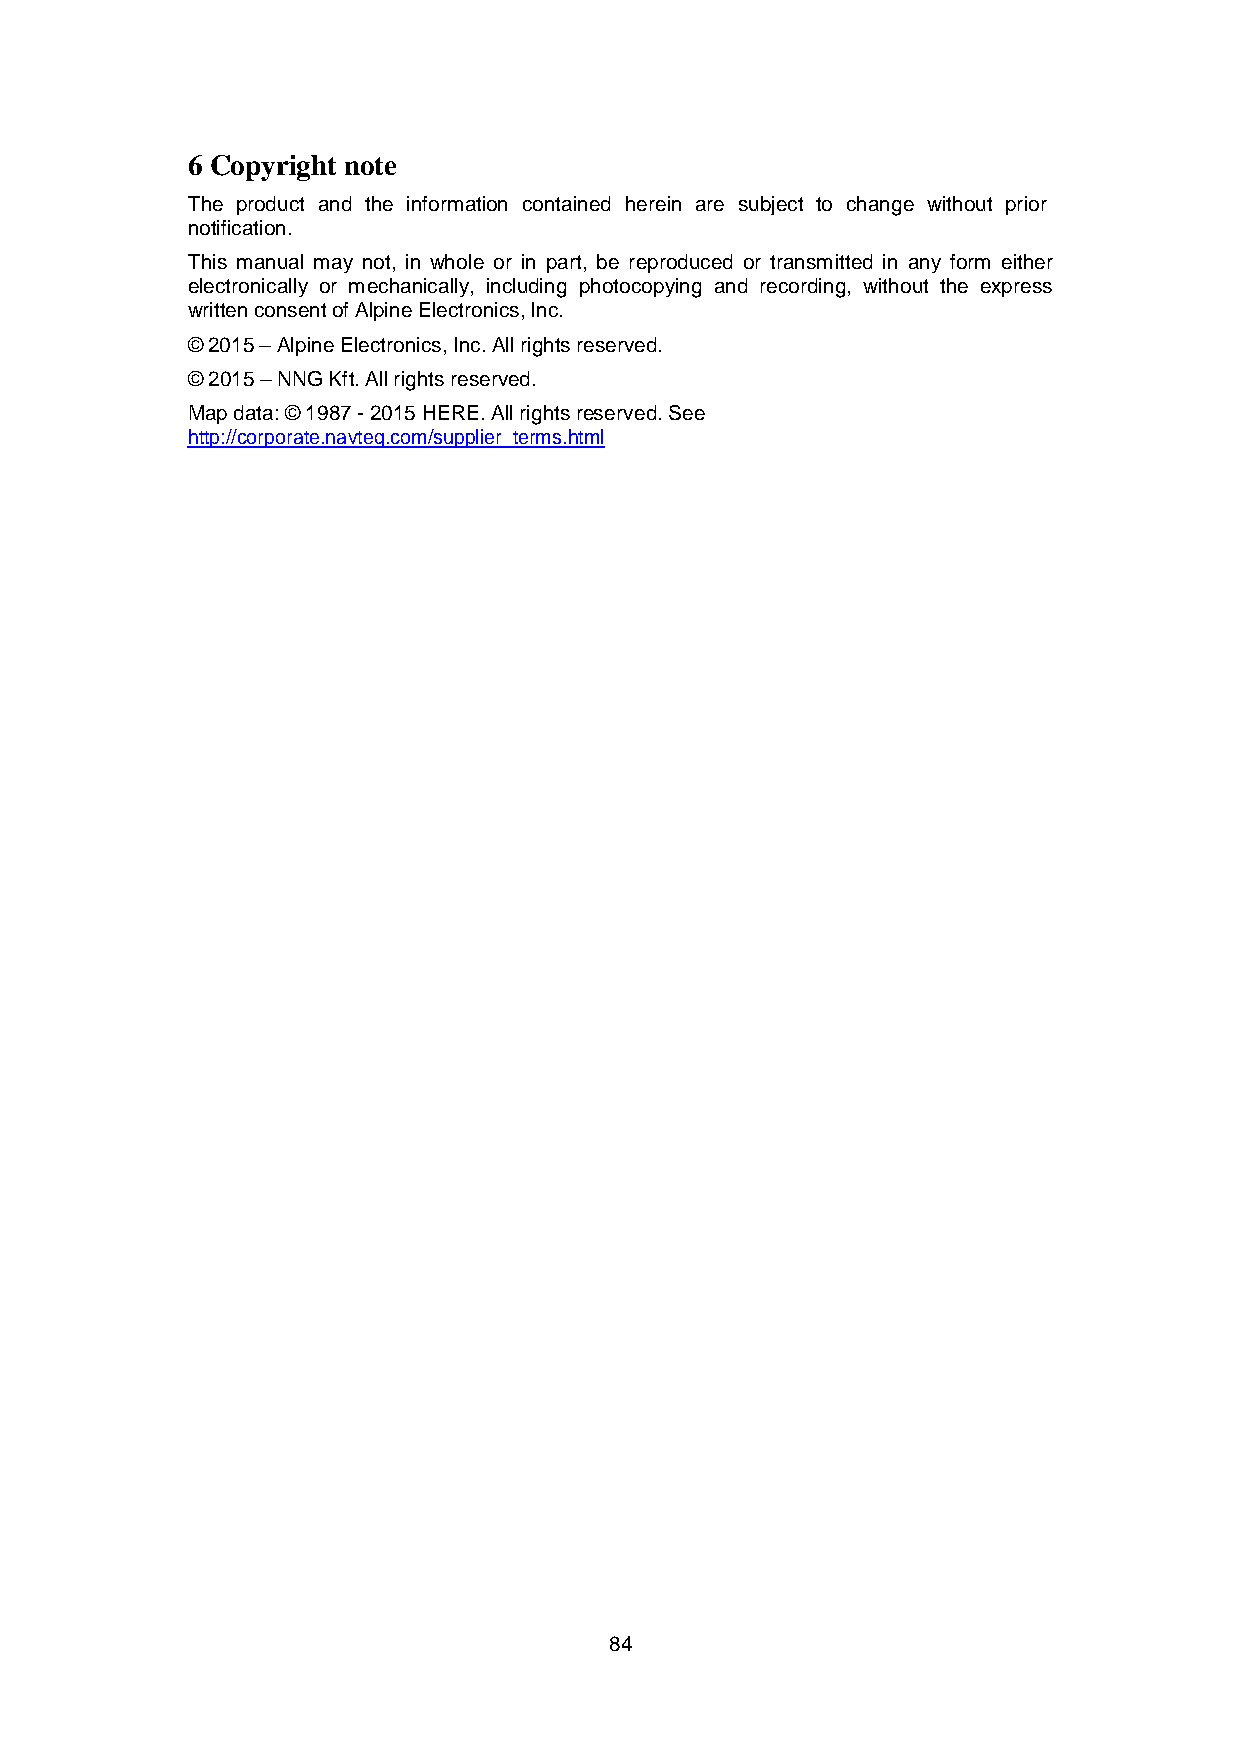
6 Copyright note
 The product and the information contained herein are subject to change without prior
 notification.
 This manual may not, in whole or in part, be reproduced or transmitted in any form either
 electronically or mechanically, including photocopying and recording, without the express
 written consent of Alpine Electronics, Inc.
 © 2015 – Alpine Electronics, Inc. All rights reserved.
 © 2015 – NNG Kft. All rights reserved.
 Map data: © 1987 - 2015 HERE. All rights reserved. See
 http://corporate.navteq.com/supplier_terms.html
 84